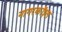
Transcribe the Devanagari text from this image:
नागरकॉइल